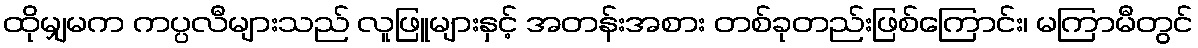
ထိုမျှမက ကပ္ပလီများသည် လူဖြူများနှင့် အတန်းအစား တစ်ခုတည်းဖြစ်ကြောင်း၊ မကြာမီတွင်